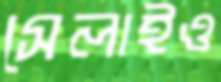
সেলাইও